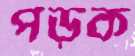
পড়ুক